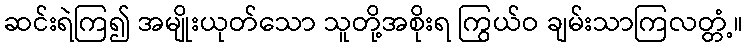
ဆင်းရဲကြ၍ အမျိုးယုတ်သော သူတို့အစိုးရ ကြွယ်ဝ ချမ်းသာကြလတ္တံ့။